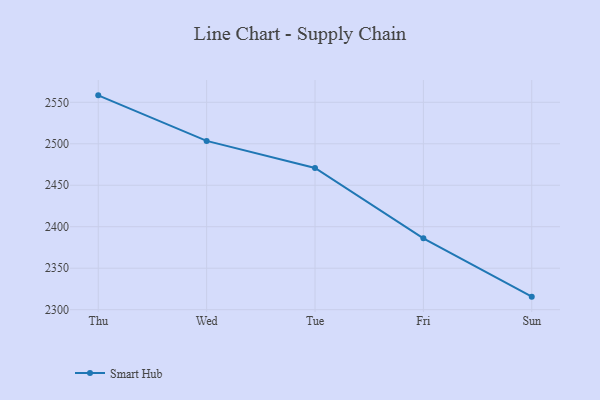
{"axis": {"x": "Day", "y": "Revenue (USD Million)"}, "legend": ["Smart Hub"], "data": [{"x": "Thu", "y": 2558.4, "type": "Smart Hub"}, {"x": "Wed", "y": 2503.5, "type": "Smart Hub"}, {"x": "Tue", "y": 2470.9, "type": "Smart Hub"}, {"x": "Fri", "y": 2386.0, "type": "Smart Hub"}, {"x": "Sun", "y": 2315.7, "type": "Smart Hub"}]}